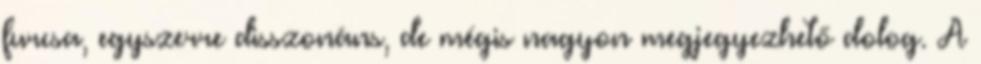
furcsa, egyszerre disszonáns, de mégis nagyon megjegyezhető dolog. A